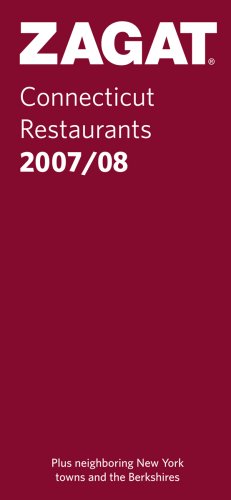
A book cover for Zagat Connecticut Restaurants 2008/09 (Zagatsurvey: Connecticut Restaurants); Zagat Survey; Travel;